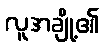
လူအချို့၏